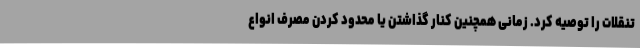
تنقلات را توصیه کرد. زمانی همچنین کنار گذاشتن یا محدود کردن مصرف انواع